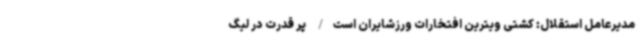
مدیرعامل استقلال: کشتی ویترین افتخارات ورزشایران است/ پر قدرت در لیگ